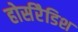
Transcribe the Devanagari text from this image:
होर्सरैडिश